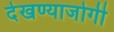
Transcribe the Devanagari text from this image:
देखण्याजोगी